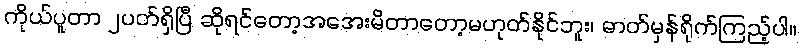
ကိုယ်ပူတာ ၂ပတ်ရှိပြီ ဆိုရင်တော့အအေးမိတာတော့မဟုတ်နိုင်ဘူး၊ ဓာတ်မှန်ရိုက်ကြည့်ပါ။